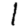
Digit: 1